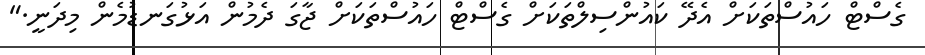
ގެސްޓް ހައުސްތަކަށް އެދޭ ކައުންސިލްތަކަށް ގެސްޓް ހައުސްތަކަށް ޖާގަ ދެމުން އަޅުގަނޑުމެން މިދަނީ."